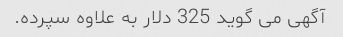
آگهی می گوید 325 دلار به علاوه سپرده.